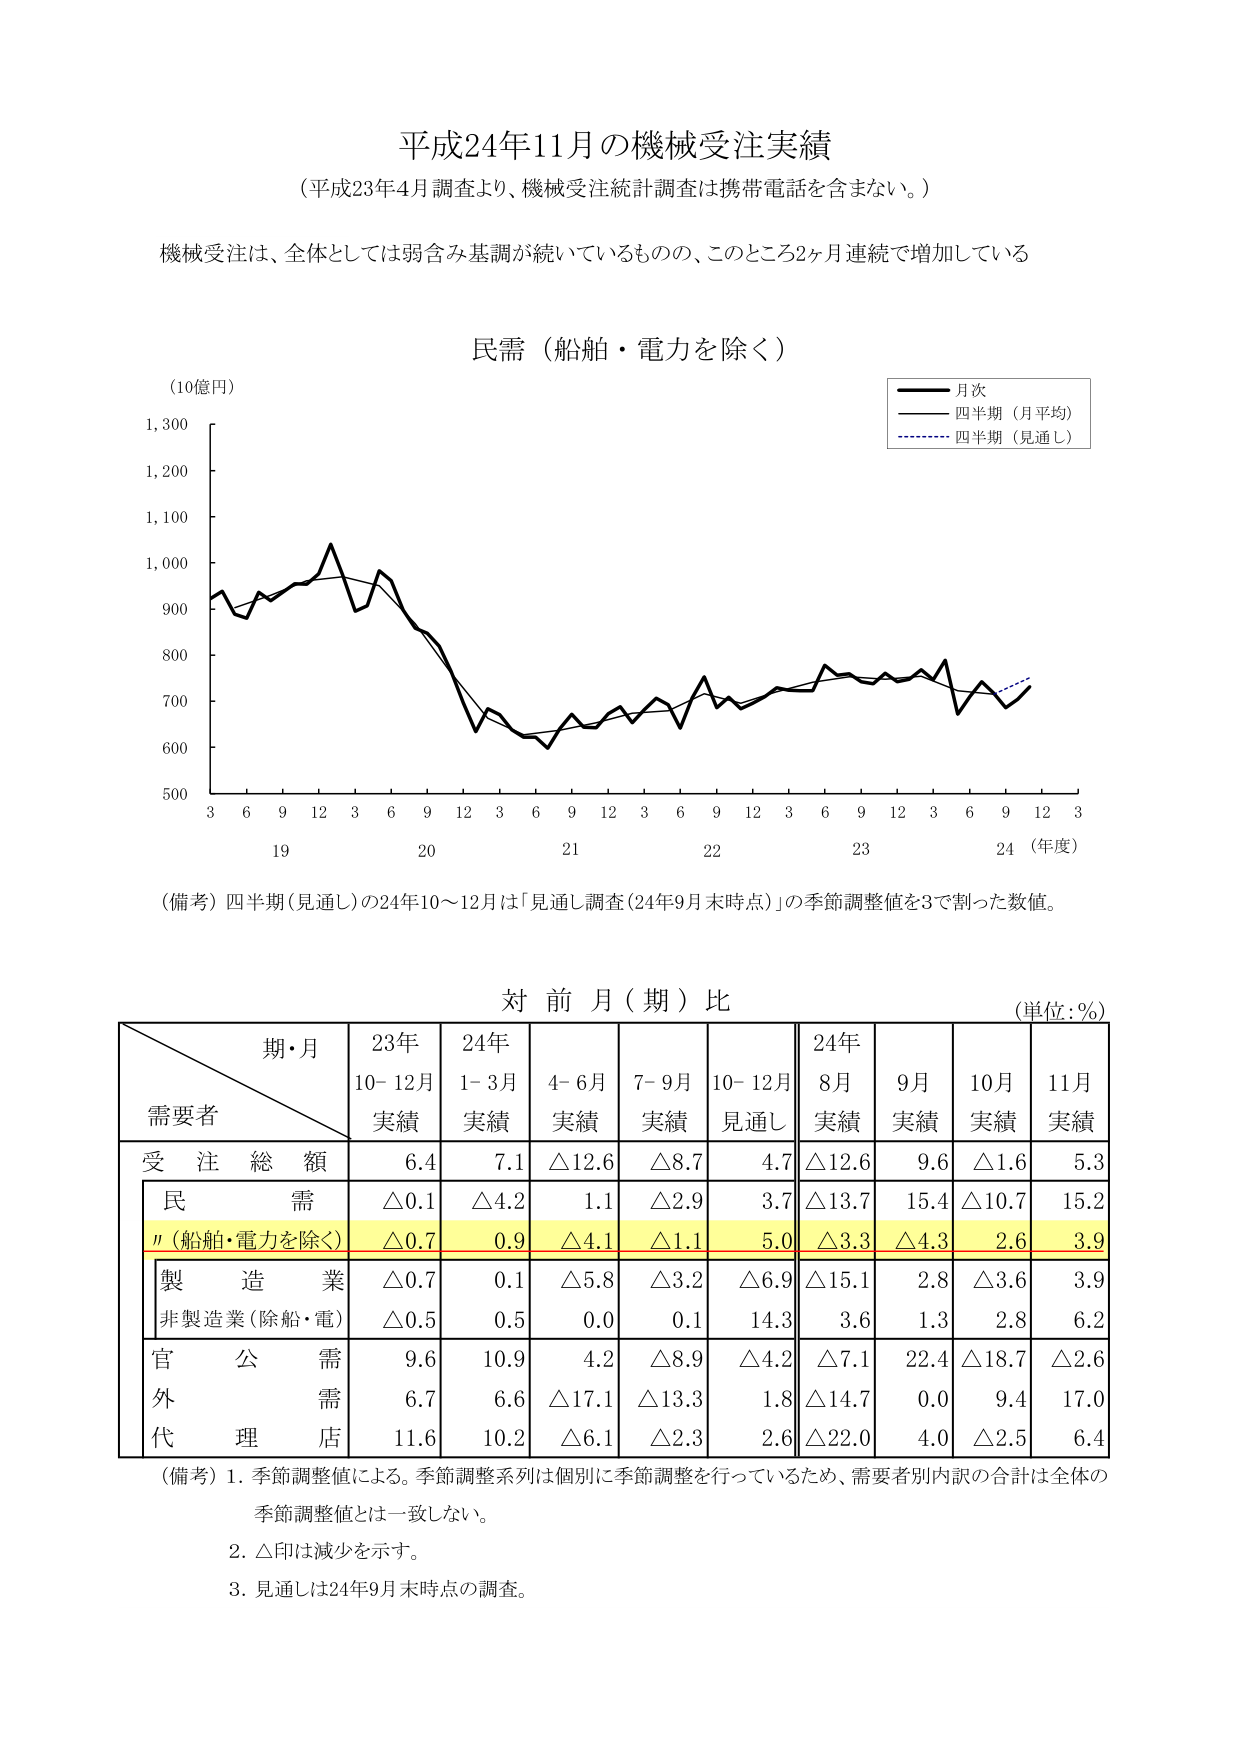
平成24年11月の機械受注実績
（平成23年4月調査より、機械受注統計調査は携帯電話を含まない。）

機械受注は、全体としては弱含み基調が続いているものの、このところ2ヶ月連続で増加している

民需（船舶・電力を除く）
（10億円）
月次
四半期（月平均）
四半期（見通し）
3 6 9 12 3 6 9 12 3 6 9 12 3 6 9 12 3 6 9 12 3
19 20 21 22 23 24（年度）
500 600 700 800 900 1,000 1,100 1,200 1,300

（備考）四半期（見通し）の24年10～12月は「見通し調査（24年9月末時点）」の季節調整値を3で割った数値。

対前月（期）比
（単位：%）

期・月
需要者
23年
10-12月
実績
24年
1-3月
実績
4-6月
実績
7-9月
実績
10-12月
見通し
24年
8月
実績
9月
実績
10月
実績
11月
実績

受注総額
6.4
7.1
△12.6
△8.7
4.7
△12.6
9.6
△1.6
5.3

民需
△0.1
△4.2
1.1
△2.9
3.7
△13.7
15.4
△10.7
15.2

〃（船舶・電力を除く）
△0.7
0.9
△4.1
△1.1
5.0
△3.3
△4.3
2.6
3.9

製造業
△0.7
0.1
△5.8
△3.2
△6.9
△15.1
2.8
△3.6
3.9

非製造業（除船・電）
△0.5
0.5
0.0
0.1
14.3
3.6
1.3
2.8
6.2

官公需
9.6
10.9
4.2
△8.9
△4.2
△7.1
22.4
△18.7
△2.6

外需
6.7
6.6
△17.1
△13.3
1.8
△14.7
0.0
9.4
17.0

代理店
11.6
10.2
△6.1
△2.3
2.6
△22.0
4.0
△2.5
6.4

（備考）1. 季節調整値による。季節調整系列は個別に季節調整を行っているため、需要者別内訳の合計は全体の季節調整値とは一致しない。
2. △印は減少を示す。
3. 見通しは24年9月末時点の調査。